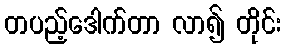
တပည့်ဒေါက်တာ လာ၍ တိုင်း